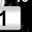
Digit: 1